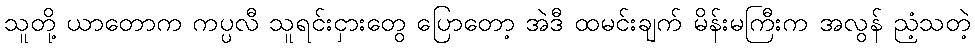
သူတို့ ယာတောက ကပ္ပလီ သူရင်းငှားတွေ ပြောတော့ အဲဒီ ထမင်းချက် မိန်းမကြီးက အလွန် ညံ့သတဲ့